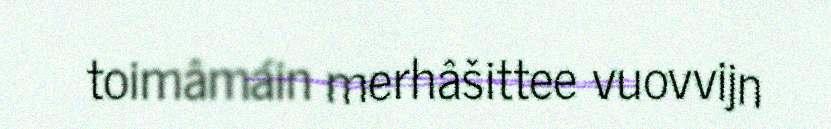
toimâmáin merhâšittee vuovvijn